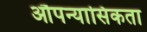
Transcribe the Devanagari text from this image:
औपन्यासिकता